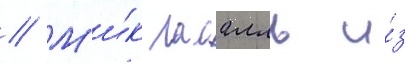
// М'и́к ласалль и́з